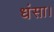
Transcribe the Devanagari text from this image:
धंसा।